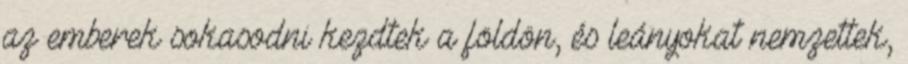
az emberek sokasodni kezdtek a földön, és leányokat nemzettek,